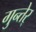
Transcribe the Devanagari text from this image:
गुन्तेर्